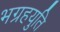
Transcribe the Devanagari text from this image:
भग्रहयुति